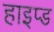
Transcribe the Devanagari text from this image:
हाइप्ड